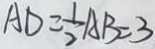
A D = \frac { 1 } { 2 } A B = 3